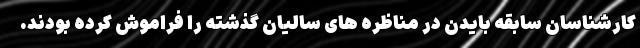
کارشناسان سابقه بایدن در مناظره های سالیان گذشته را فراموش کرده بودند.